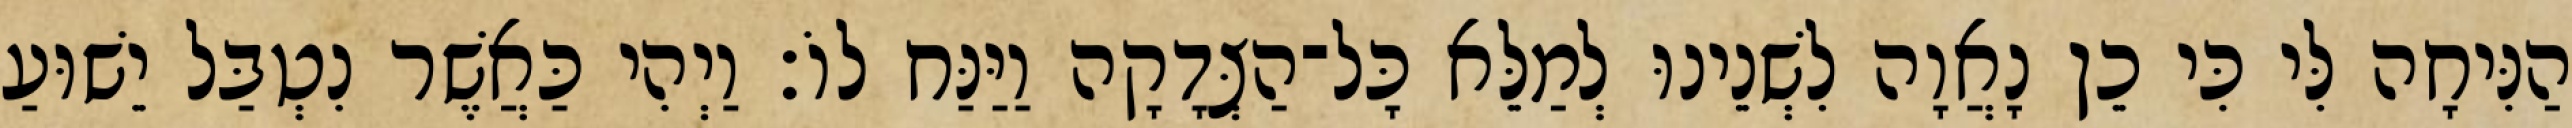
הַנִּיחָה לִּי כִּי כֵן נָאֲוָה לִשְׁנֵינוּ לְמַלֵּא כָּל־הַצְּדָקָה וַיַּנַּח לוֹ׃ וַיְהִי כַּאֲשֶׁר נִטְבַּל יֵשׁוּעַ